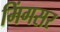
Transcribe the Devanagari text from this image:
मिंगसर